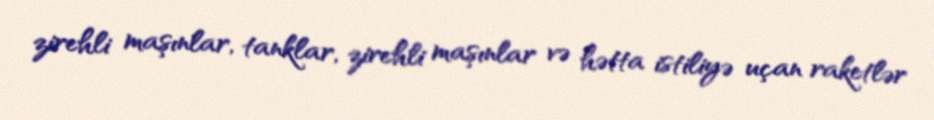
zirehli maşınlar, tanklar, zirehli maşınlar və hətta istiliyə uçan raketlər